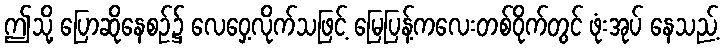
ဤသို့ ပြောဆိုနေစဉ်၌ လေဝှေ့လိုက်သဖြင့် မြေပြန့်ကလေးတစ်ဝိုက်တွင် ဖုံးအုပ် နေသည့်